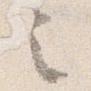
之